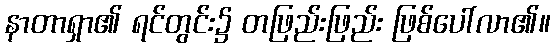
နာတာရှာ၏ ရင်တွင်း၌ တဖြည်းဖြည်း ဖြစ်ပေါ်လာ၏။